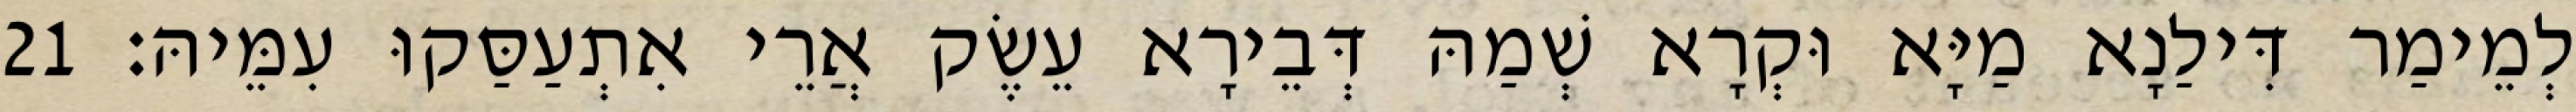
לְמֵימַר דִּילַנָא מַיָּא וּקְרָא שְׁמַהּ דְּבֵירָא עֵשֶׂק אֲרֵי אִתְעַסַּקוּ עִמֵּיהּ׃ 21